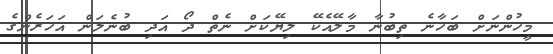
މީހުންނަށް ބަހާނެ ތިބުނާ މާލޭއެކޭ ލިޔޭކަށް ނެތް ދޯ އަދި ބުނެލަން އަހަރެންގެ